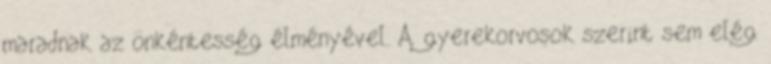
maradnak az önkéntesség élményével. A gyerekorvosok szerint sem elég